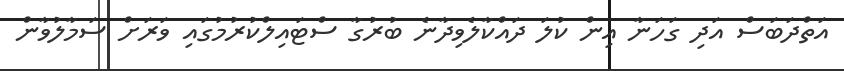
އަތްދަބަސް އަދި ގަހަނާ އިން ކުލަ ދައްކާލެވިދާނެ ބުރުގާ ސްޓައިލްކުރުމުގައި ވަރަށް ސަމާލުވާން